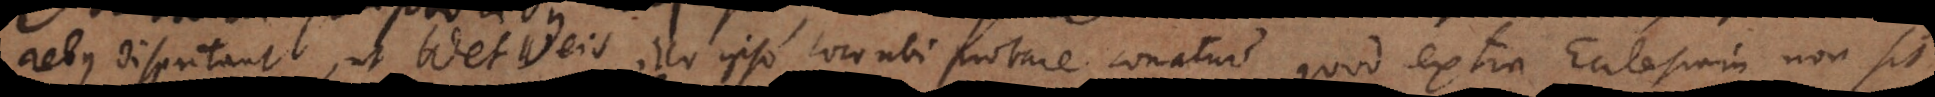
rebus disputant, ut Wetweis illo ipso loco ubi probare conatur quod extra Ecclesiam non si